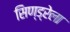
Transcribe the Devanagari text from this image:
सिण्ड्रेला